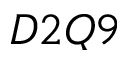
D 2 Q 9